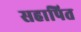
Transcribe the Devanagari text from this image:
सहापित